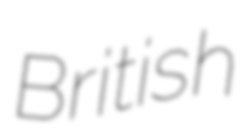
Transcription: British